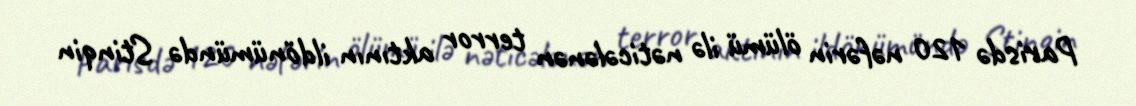
Parisdə 120 nəfərin ölümü ilə nəticələnən terror aktının ildönümündə Stinqin